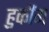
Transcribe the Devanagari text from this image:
हुकौंग